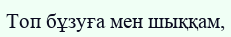
Топ бұзуға мен шыққам,